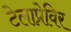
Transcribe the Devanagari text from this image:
टेलाप्रेविर